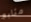
متابع